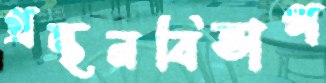
গ্রন্থনবিভাগ